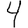
Digit: 4